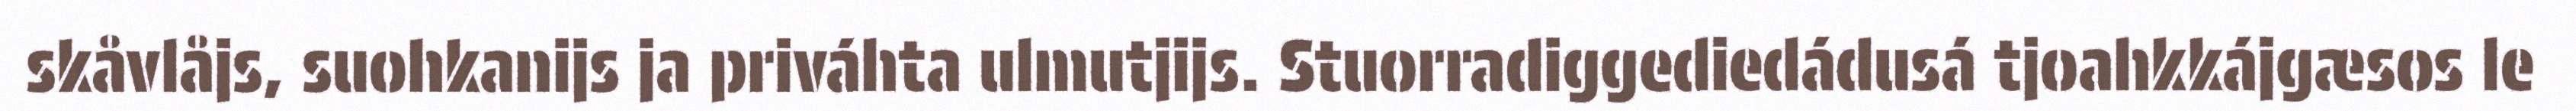
skåvlåjs, suohkanijs ja priváhta ulmutjijs. Stuorradiggediedádusá tjoahkkájgæsos le